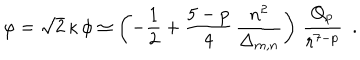
LaTeX: \varphi = \sqrt { 2 } \, \kappa \, \phi \simeq \left( - \frac { 1 } { 2 } + \frac { 5 - p } { 4 } \, \frac { n ^ { 2 } } { \Delta _ { m , n } } \right) \, \frac { Q _ { p } } { r ^ { 7 - p } } ~ ~ .